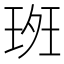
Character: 𰢀